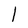
Character: l